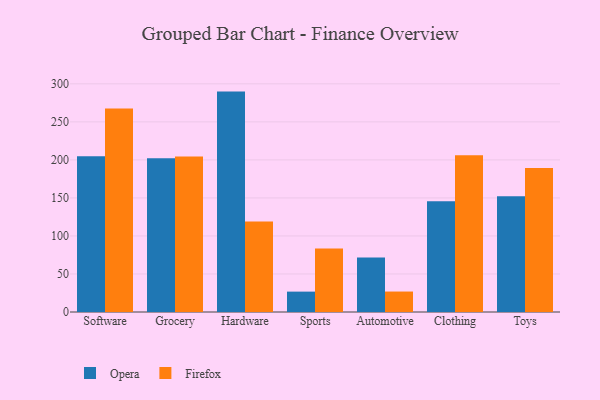
{"axis": {"x": "Category", "y": "Population (Million)"}, "legend": ["Firefox", "Opera"], "data": [{"x": "Software", "y": 204.9, "type": "Opera"}, {"x": "Software", "y": 267.5, "type": "Firefox"}, {"x": "Grocery", "y": 202.1, "type": "Opera"}, {"x": "Grocery", "y": 204.4, "type": "Firefox"}, {"x": "Hardware", "y": 289.8, "type": "Opera"}, {"x": "Hardware", "y": 118.9, "type": "Firefox"}, {"x": "Sports", "y": 26.8, "type": "Opera"}, {"x": "Sports", "y": 83.6, "type": "Firefox"}, {"x": "Automotive", "y": 71.5, "type": "Opera"}, {"x": "Automotive", "y": 26.9, "type": "Firefox"}, {"x": "Clothing", "y": 145.7, "type": "Opera"}, {"x": "Clothing", "y": 206.0, "type": "Firefox"}, {"x": "Toys", "y": 152.3, "type": "Opera"}, {"x": "Toys", "y": 189.2, "type": "Firefox"}]}